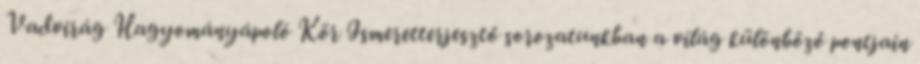
Vadvirág Hagyományápoló Kör Ismeretterjesztő sorozatunkban a világ különböző pontjain